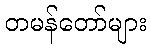
တမန်တော်များ